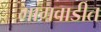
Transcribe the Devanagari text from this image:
मांगवाडीत